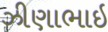
ઝીણાભાઇ